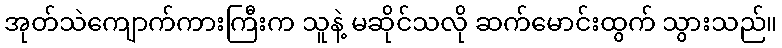
အုတ်သဲကျောက်ကားကြီးက သူနဲ့ မဆိုင်သလို ဆက်မောင်းထွက် သွားသည်။